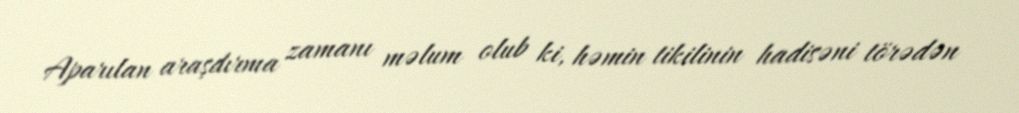
Aparılan araşdırma zamanı məlum olub ki, həmin tikilinin hadisəni törədən